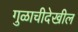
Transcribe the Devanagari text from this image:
गुळाचीदेखील